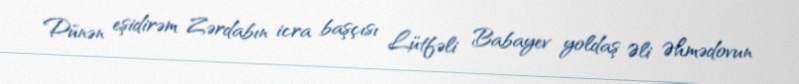
Dünən eşidirəm Zərdabın icra başçısı Lütfəli Babayev yoldaş Əli Əhmədovun